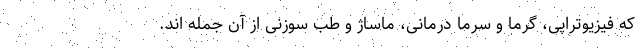
که فیزیوتراپی، گرما و سرما درمانی، ماساژ و طب سوزنی از آن جمله اند.